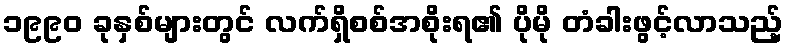
၁၉၉၀ ခုနှစ်များတွင် လက်ရှိစစ်အစိုးရ၏ ပိုမို တံခါးဖွင့်လာသည့်